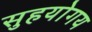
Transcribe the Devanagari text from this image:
सुहयोगय